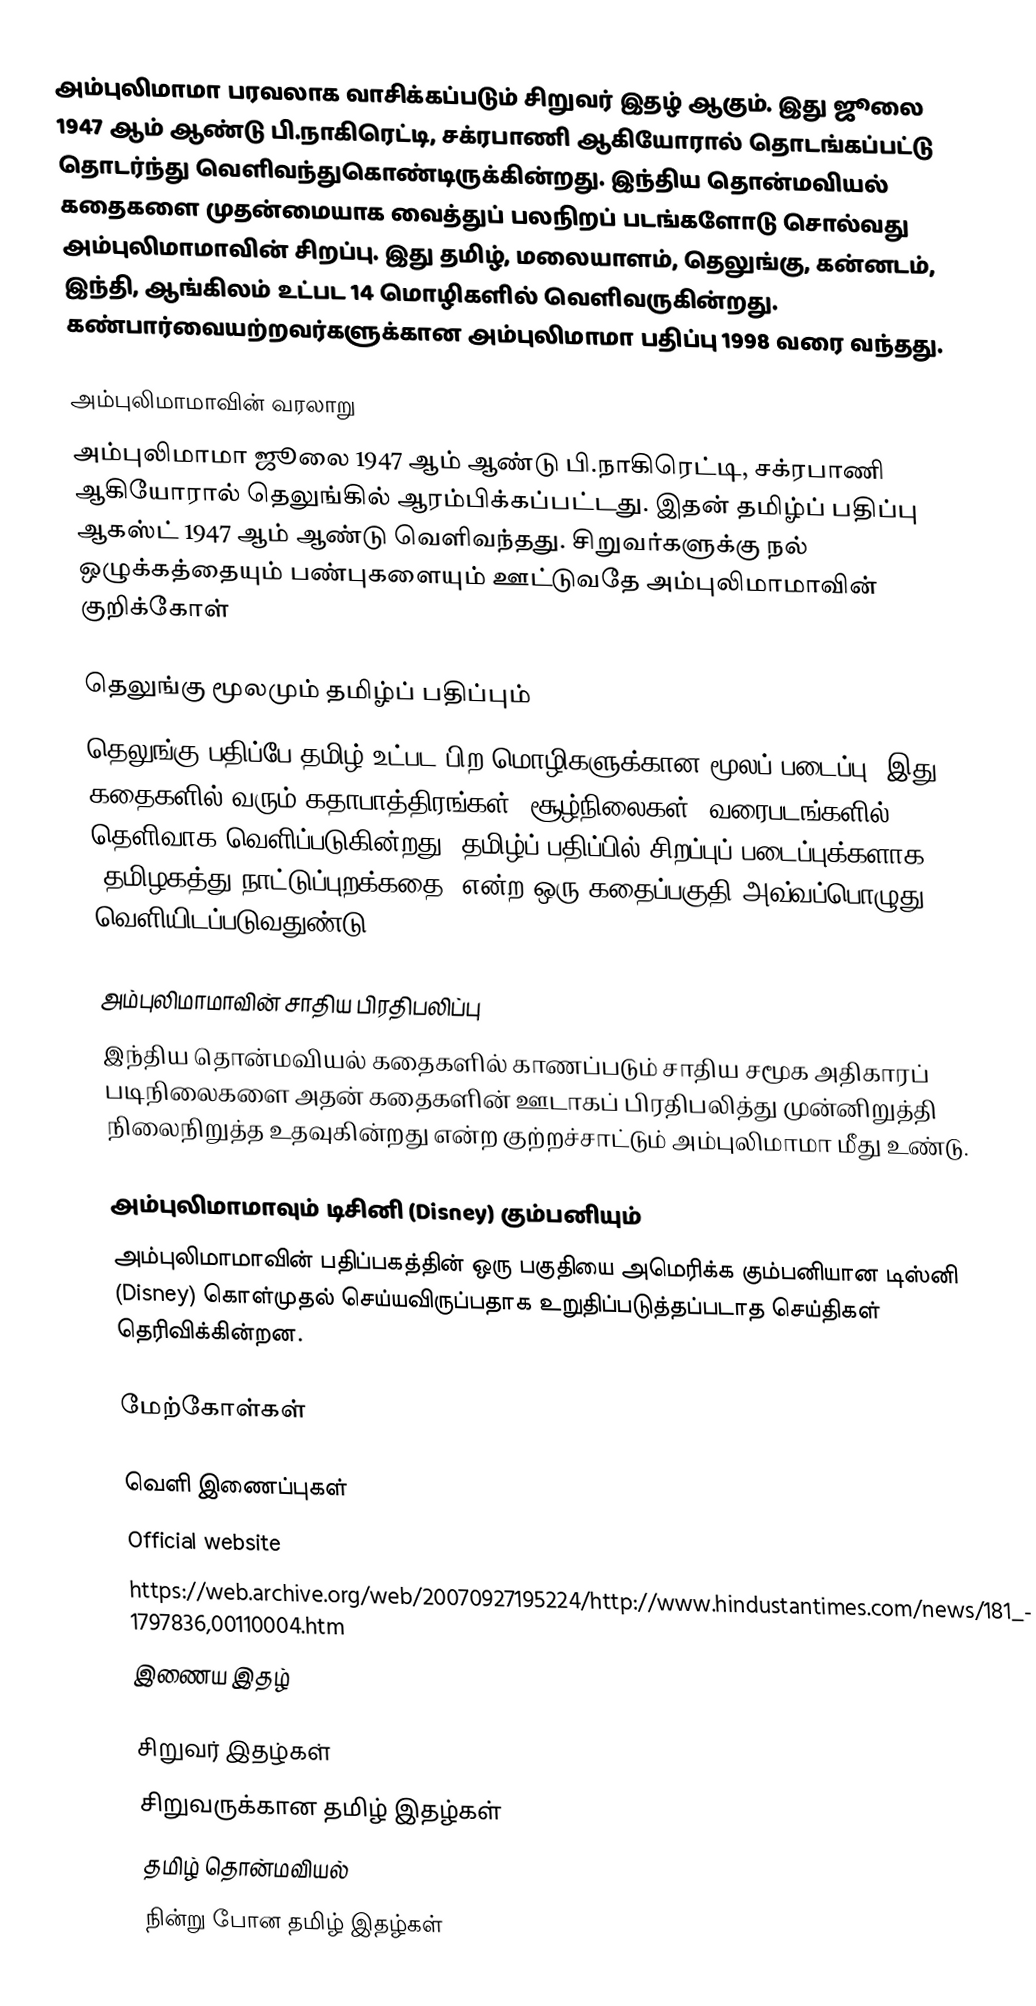
அம்புலிமாமா பரவலாக வாசிக்கப்படும் சிறுவர் இதழ் ஆகும்.  இது ஜூலை 1947 ஆம் ஆண்டு பி.நாகிரெட்டி, சக்ரபாணி ஆகியோரால் தொடங்கப்பட்டு தொடர்ந்து வெளிவந்துகொண்டிருக்கின்றது.  இந்திய தொன்மவியல் கதைகளை முதன்மையாக வைத்துப் பலநிறப் படங்களோடு சொல்வது அம்புலிமாமாவின் சிறப்பு.  இது தமிழ், மலையாளம், தெலுங்கு, கன்னடம், இந்தி, ஆங்கிலம் உட்பட 14 மொழிகளில் வெளிவருகின்றது.  கண்பார்வையற்றவர்களுக்கான அம்புலிமாமா பதிப்பு 1998 வரை வந்தது.

அம்புலிமாமாவின் வரலாறு
அம்புலிமாமா ஜூலை 1947 ஆம் ஆண்டு பி.நாகிரெட்டி, சக்ரபாணி ஆகியோரால் தெலுங்கில் ஆரம்பிக்கப்பட்டது. இதன் தமிழ்ப் பதிப்பு ஆகஸ்ட் 1947 ஆம் ஆண்டு வெளிவந்தது.  சிறுவர்களுக்கு நல் ஒழுக்கத்தையும் பண்புகளையும் ஊட்டுவதே அம்புலிமாமாவின் குறிக்கோள்

தெலுங்கு மூலமும் தமிழ்ப் பதிப்பும்
தெலுங்கு பதிப்பே தமிழ் உட்பட பிற மொழிகளுக்கான மூலப் படைப்பு.  இது கதைகளில் வரும் கதாபாத்திரங்கள், சூழ்நிலைகள், வரைபடங்களில் தெளிவாக வெளிப்படுகின்றது.  தமிழ்ப் பதிப்பில் சிறப்புப் படைப்புக்களாக "தமிழகத்து நாட்டுப்புறக்கதை" என்ற ஒரு கதைப்பகுதி அவ்வப்பொழுது வெளியிடப்படுவதுண்டு.

அம்புலிமாமாவின் சாதிய பிரதிபலிப்பு
இந்திய தொன்மவியல் கதைகளில் காணப்படும் சாதிய சமூக அதிகாரப் படிநிலைகளை அதன் கதைகளின் ஊடாகப் பிரதிபலித்து முன்னிறுத்தி நிலைநிறுத்த உதவுகின்றது என்ற குற்றச்சாட்டும் அம்புலிமாமா மீது உண்டு.

அம்புலிமாமாவும் டிசினி (Disney) கும்பனியும்
அம்புலிமாமாவின் பதிப்பகத்தின் ஒரு பகுதியை அமெரிக்க கும்பனியான டிஸ்னி (Disney) கொள்முதல் செய்யவிருப்பதாக உறுதிப்படுத்தப்படாத செய்திகள் தெரிவிக்கின்றன.

மேற்கோள்கள்

வெளி இணைப்புகள்
 Official website
 https://web.archive.org/web/20070927195224/http://www.hindustantimes.com/news/181_1797836,00110004.htm
 இணைய இதழ்

சிறுவர் இதழ்கள்
சிறுவருக்கான தமிழ் இதழ்கள்
தமிழ் தொன்மவியல்
நின்று போன தமிழ் இதழ்கள்